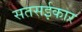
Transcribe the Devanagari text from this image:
सतसईकार